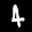
Label: 4